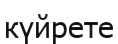
күйрете